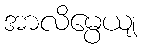
အာလိမ္ပေယျ